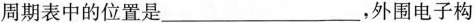
周期表中的位置是___，外围电子构